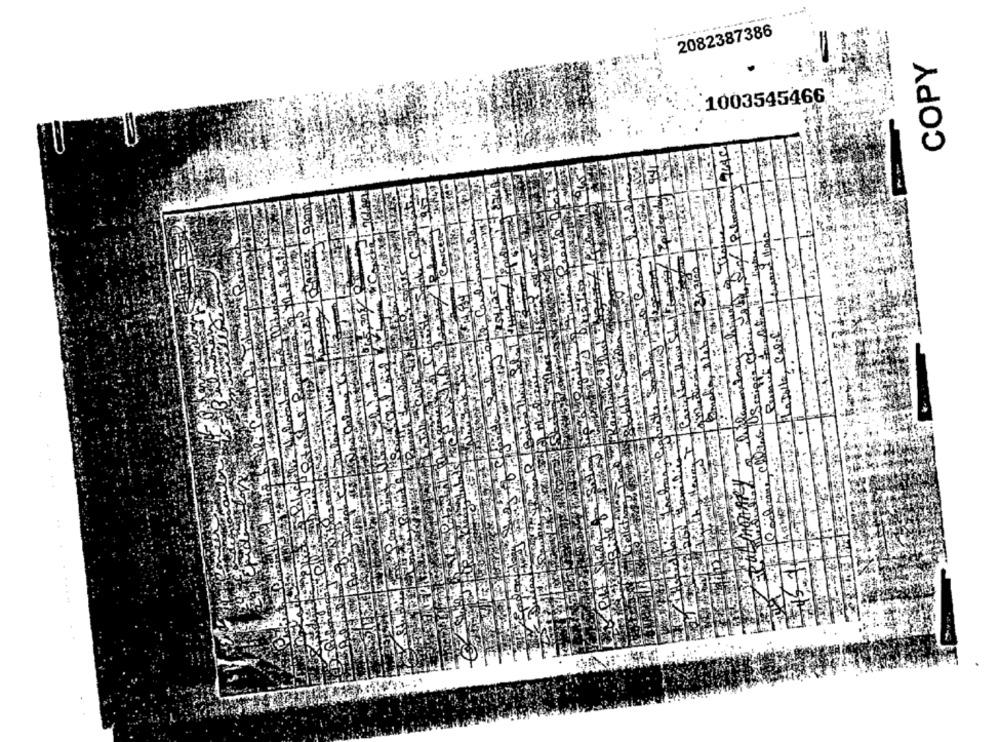
2082387386
COPY
1003545466
149
VC
R
......